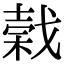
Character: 𢧣